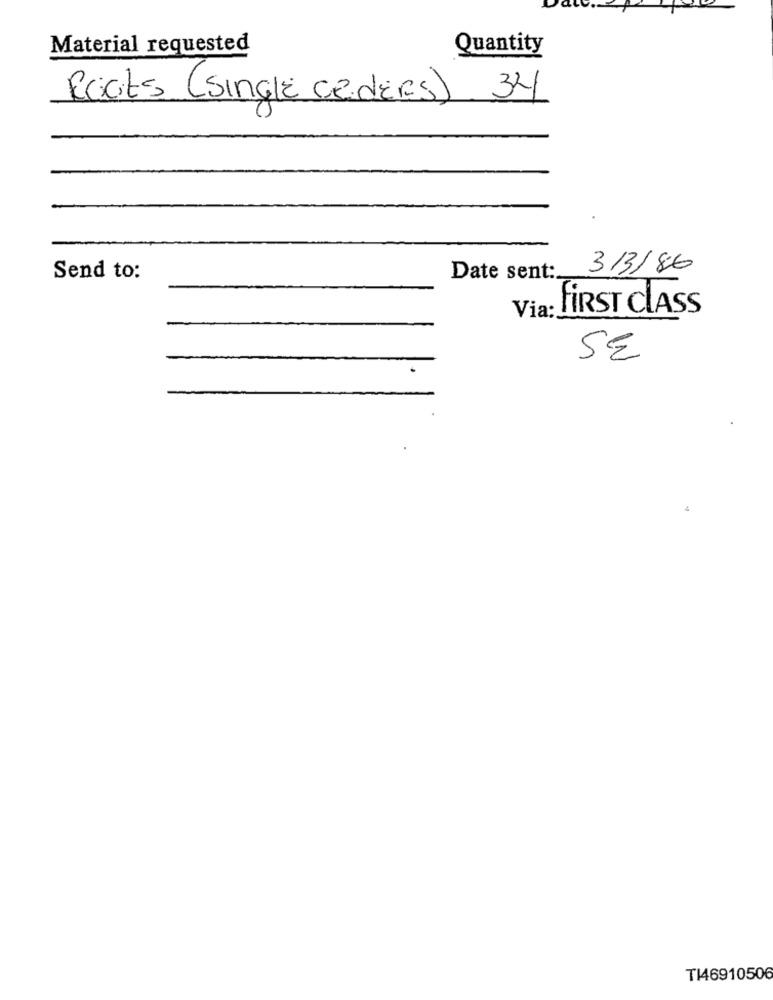
Material requested
Quantity
Roots (single cadeRs) 34
3/3/8:6
Send to:
Date sent :_
Via :.
FIRST CLASS
SE
T146910506